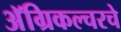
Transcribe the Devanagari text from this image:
अॅग्रिकल्चरचे